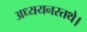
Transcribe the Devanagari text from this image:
अध्ययनरतथे।